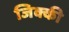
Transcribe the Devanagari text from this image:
जिक्की